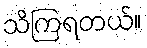
သိကြရတယ်။